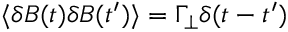
\langle \delta { B } ( t ) \delta { B } ( t ^ { \prime } ) \rangle = \Gamma _ { \perp } \delta ( t - t ^ { \prime } )